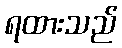
ရထားသည်